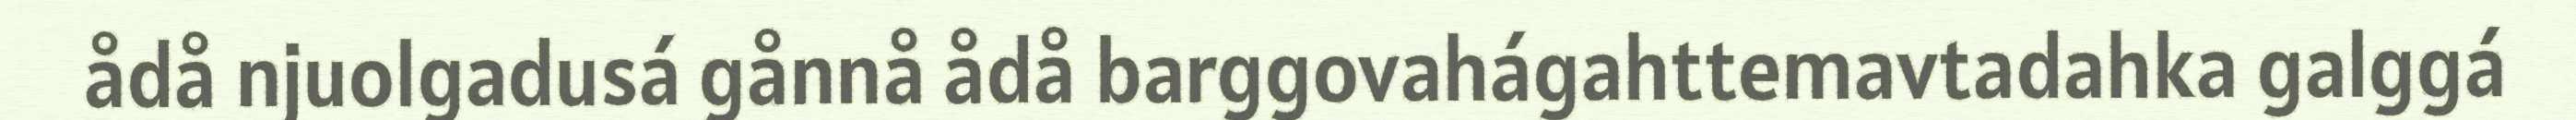
ådå njuolgadusá gånnå ådå barggovahágahttemavtadahka galggá